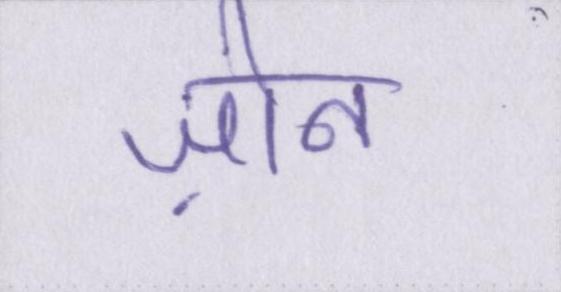
ज़ोन